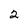
Character: 2